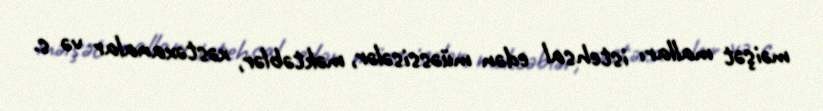
məişət malları istehsal edən müəssisələr, məktəblər, xəstəxanalar və s.